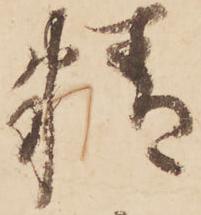
精